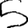
Digit: 5